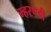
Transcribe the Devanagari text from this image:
म्हरपडी